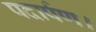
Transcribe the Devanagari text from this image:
पदार्पण।